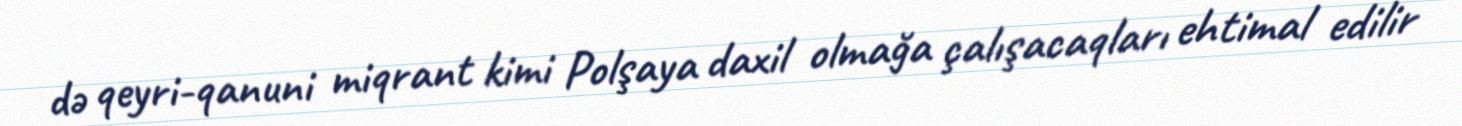
də qeyri-qanuni miqrant kimi Polşaya daxil olmağa çalışacaqları ehtimal edilir